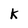
Character: k